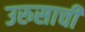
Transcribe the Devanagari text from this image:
उरुसाची